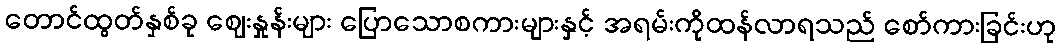
တောင်ထွတ်နှစ်ခု ဈေးနှုန်းများ ပြောသောစကားများနှင့် အရမ်းကိုထန်လာရသည် စော်ကားခြင်းဟု